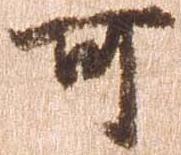
可